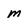
Character: M